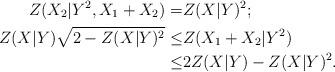
LaTeX: \begin{align*}Z(X_2|Y^2,X_1+X_2)=&Z(X|Y)^2;\\Z(X|Y)\sqrt{2-Z(X|Y)^2}\le &Z(X_1+X_2|Y^2)\\\le& 2Z(X|Y)-Z(X|Y)^2.\end{align*}